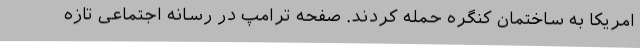
امریکا به ساختمان کنگره حمله کردند. صفحه ترامپ در رسانه اجتماعی تازه